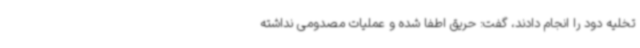
تخلیه دود را انجام دادند، گفت: حریق اطفا شده و عملیات مصدومی نداشته